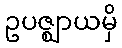
ဥပဇ္ဈာယမှိ